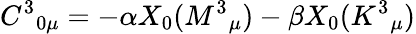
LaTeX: C^{3}{}_{0\mu}=-\alpha X_{0}(M^{3}{}_{\mu})-\beta X_{0}(K^{3}{}_{\mu})